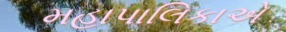
મહાપાલિકાએ